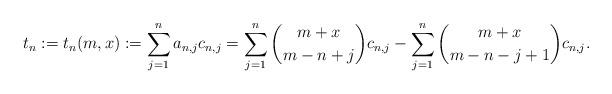
LaTeX: \begin{align*} t_n := t_n(m,x) := \sum_{j=1}^n a_{n,j} c_{n,j} = \sum_{j=1}^n \binom{m+x}{m-n+j} c_{n,j} - \sum_{j=1}^n \binom{m+x}{m-n-j+1} c_{n,j}.\end{align*}